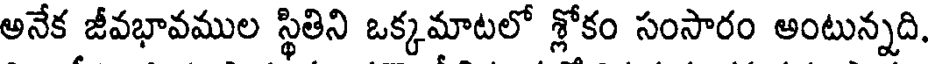
అనేక జీవభావముల స్థితిని ఒక్కమాటలో శ్లోకం సంసారం అంటున్నది.